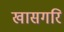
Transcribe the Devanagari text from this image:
खासगरि